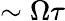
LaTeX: \sim\Omega\tau